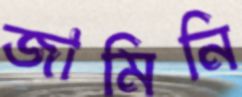
জামিনি